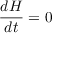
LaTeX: { \frac { d H } { d t } } = 0